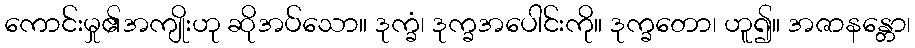
ကောင်းမှု၏အကျိုးဟု ဆိုအပ်သော။ ဒုက္ခံ၊ ဒုက္ခအပေါင်းကို။ ဒုက္ခတော၊ ဟူ၍။ အဇာနန္တော၊